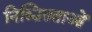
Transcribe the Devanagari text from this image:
निश्चितताओं